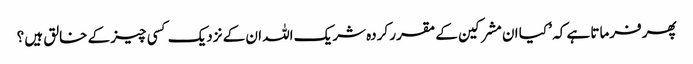
پھر فرماتا ہے کہ ’ کیا ان مشرکین کے مقرر کردہ شریک اللہ ان کے نزدیک کسی چیز کے خالق ہیں ؟